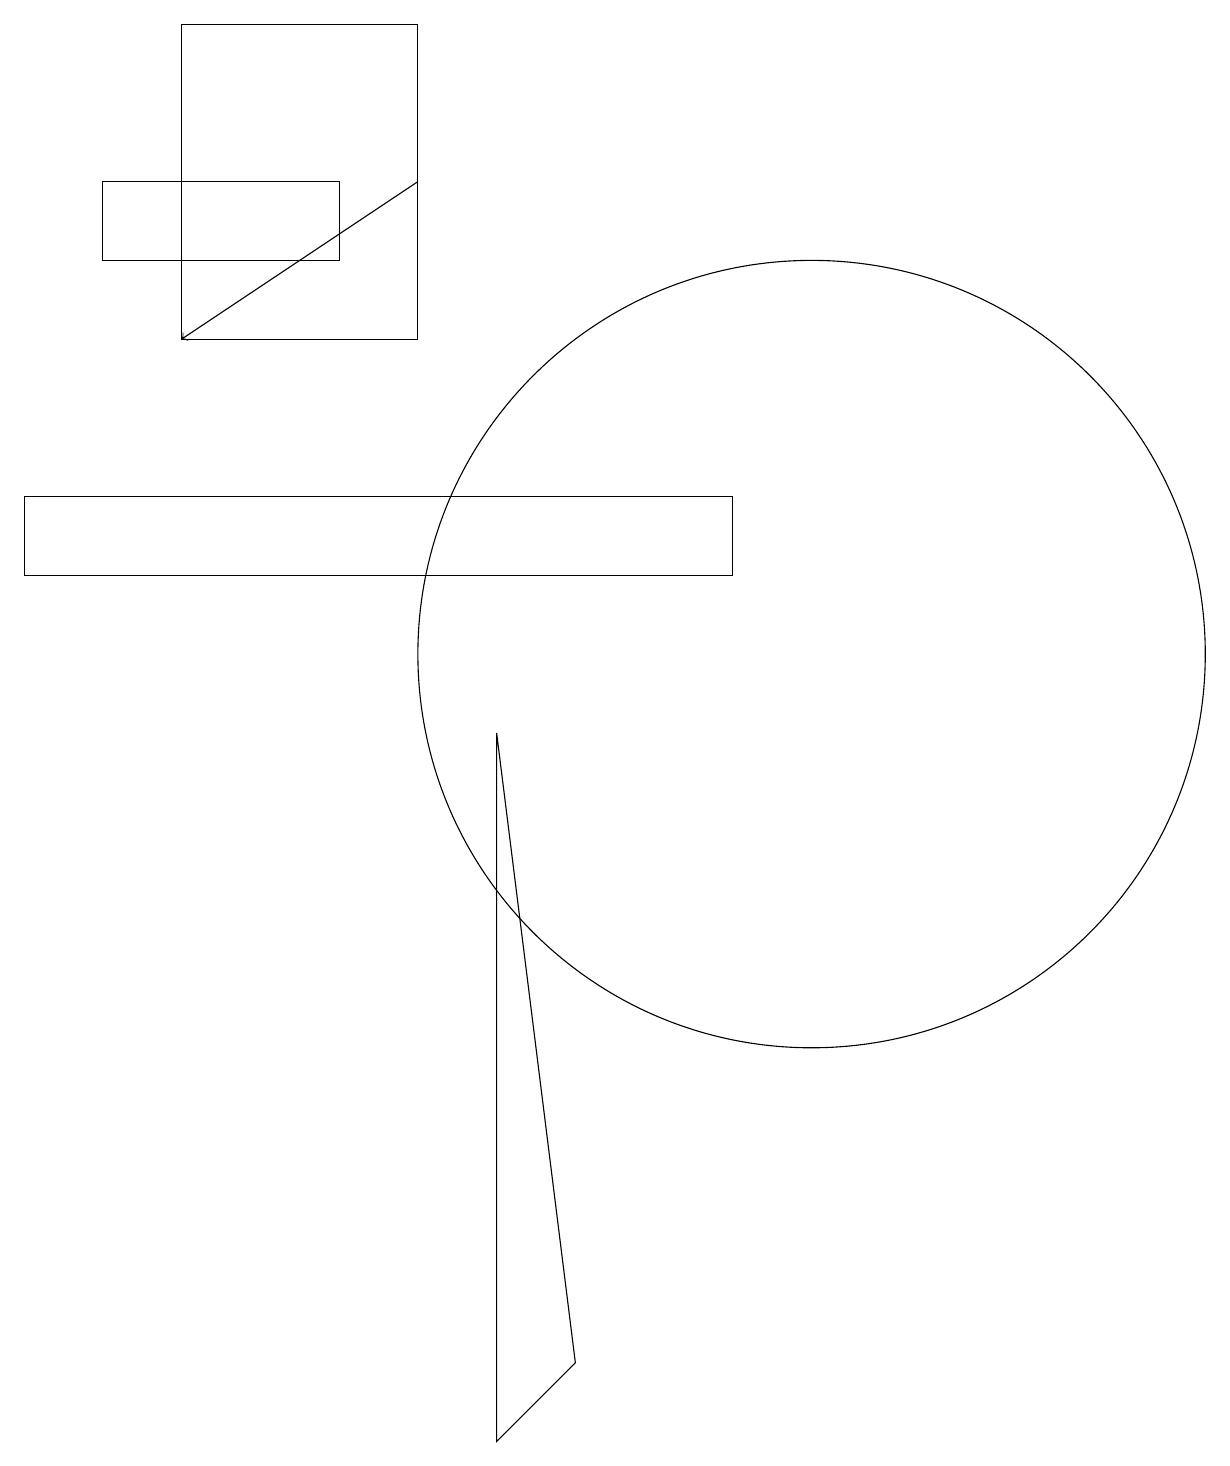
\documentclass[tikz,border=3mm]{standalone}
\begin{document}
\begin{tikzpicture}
\draw (7,1) -- (6,0) -- (6,9) -- cycle;
\draw (4,16) rectangle (1,15);
\draw[->] (5,16) -- (2,14);
\draw (10,10) circle (5);
\draw (0,12) rectangle (9,11);
\draw (5,18) rectangle (2,14);
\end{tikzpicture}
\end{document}